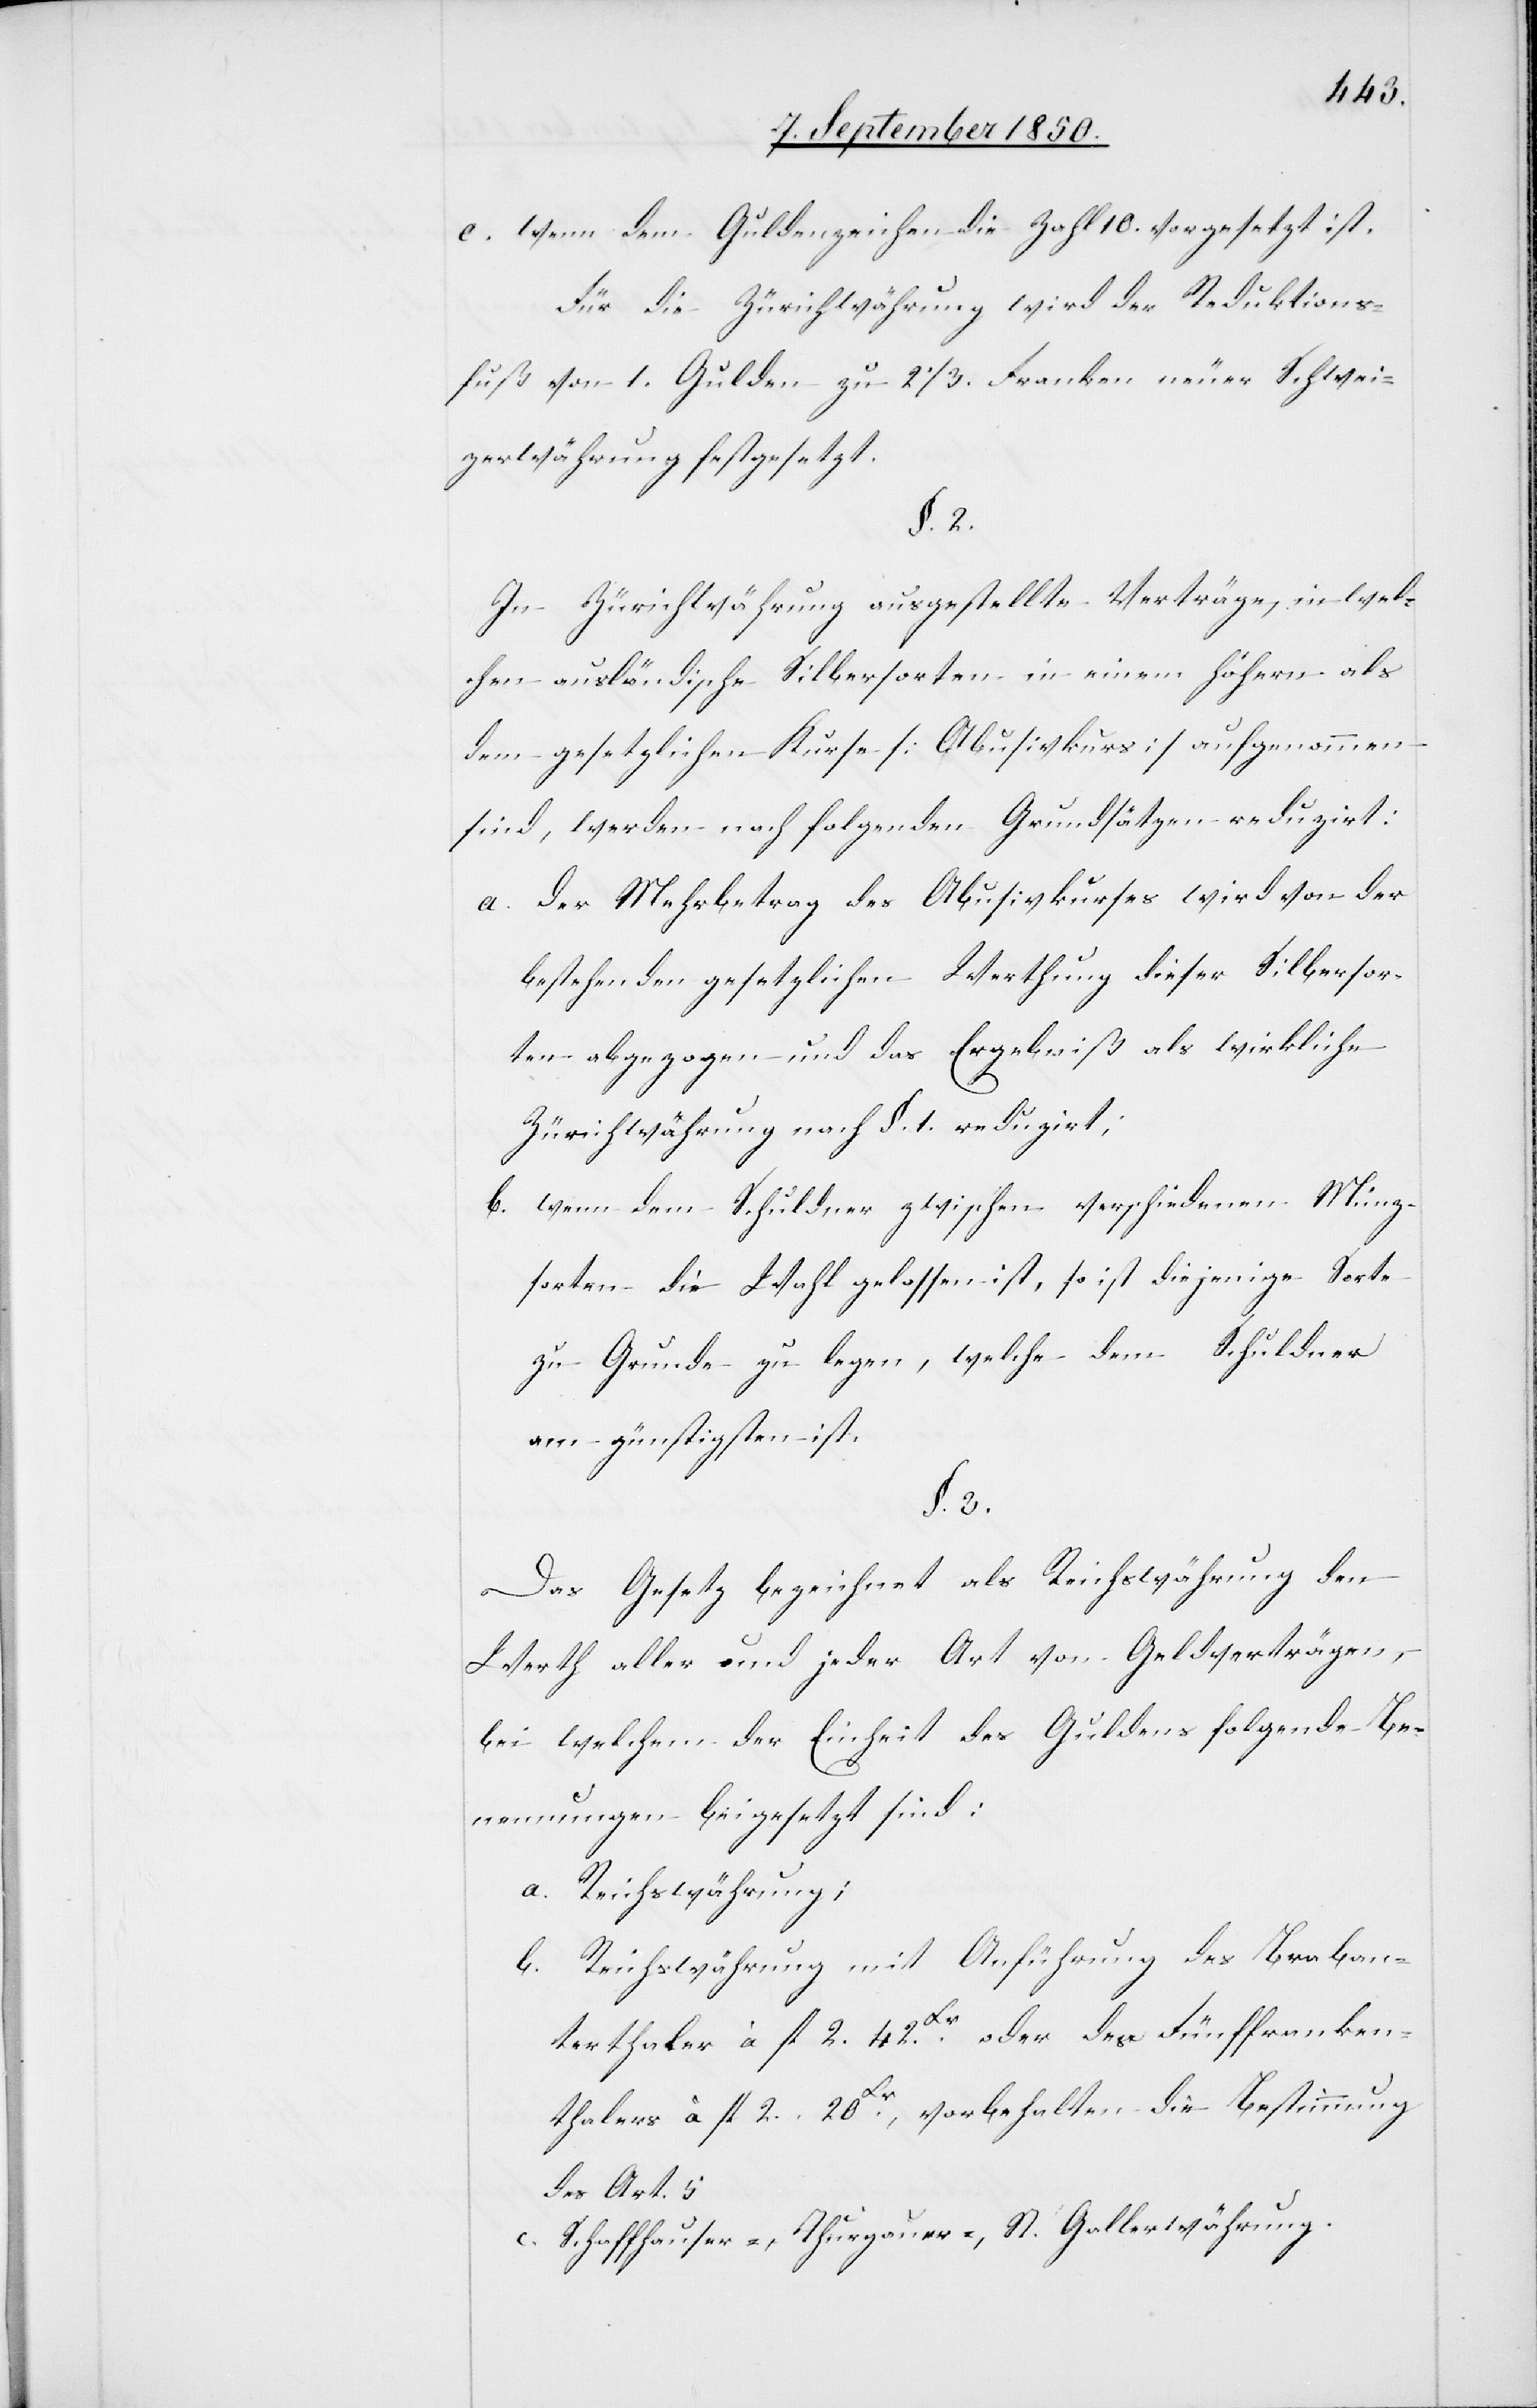
e. wenn dem Guldenzeichen die Zahl 10. vorgesetzt ist.
Für die Zürichwährung wird der Reduktions¬
fuß von 1. Gulden zu 2 1/3. Franken neuer Schwei¬
zerwährung festgesetzt.
§. 2.
In Zürichwährung ausgestellte Verträge, in wel¬
chen ausländische Silbersorten in einem höhern als
dem gesetzlichen Kurse [Abusivkurs] aufgenommen
sind, werden nach folgenden Grundsätzen reduzirt:
a. der Mehrbetrag des Abusivkurses wird von der
bestehenden gesetzlichen Werthung dieser Silbersor¬
ten abgezogen und das Ergebniß als wirkliche
Zürichwährung nach §. 1. reduzirt;
b. wenn dem Schuldner zwischen verschiedenen Münz¬
sorten die Wahl gelassen ist, so ist diejenige Sorte
zu Grunde zu legen, welche dem Schuldner
am günstigsten ist.
§. 3.
Das Gesetz bezeichnet als Reichswährung den
Werth aller und jeder Art von Geldverträgen,
bei welchem der Einheit des Guldens folgende Be¬
nennungen beigesetzt sind:
a. Reichswährung;
b. Reichswährung mit Anführung des Braban¬
terthaler à fl 2. 42. Xr oder des Fünffranken¬
thalers à fl 2. 20 Xr, vorbehalten die Bestimmung
des Art. 5
c. Schaffhauser-, Thurgauer-, St. Gallerwährung.